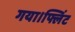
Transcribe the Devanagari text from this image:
गया।फ्लिंट